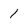
Character: 1